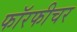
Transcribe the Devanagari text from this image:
फॉरफीचर